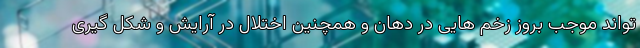
تواند موجب بروز زخم هایی در دهان و همچنین اختلال در آرایش و شکل گیری